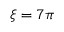
\xi = 7 \pi